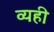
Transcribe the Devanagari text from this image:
व्यही